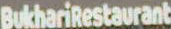
BukhariRestaurant